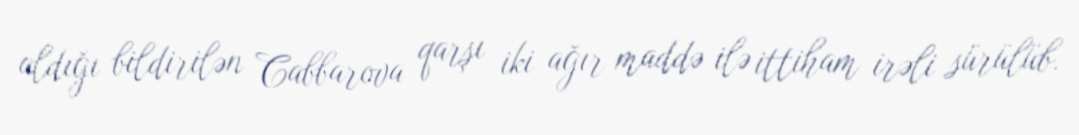
aldığı bildirilən Cabbarova qarşı iki ağır maddə ilə ittiham irəli sürülüb.